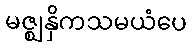
မဇ္ဈနှိကသမယံပေ